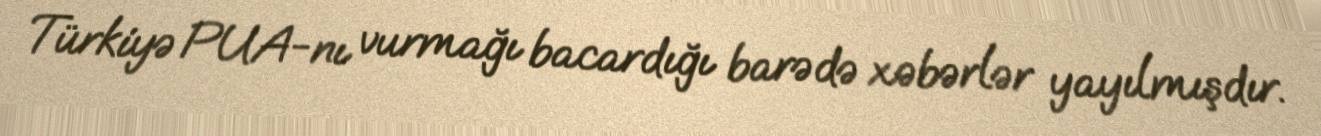
Türkiyə PUA-nı vurmağı bacardığı barədə xəbərlər yayılmışdır.